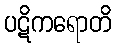
ပဋိကရောတိ